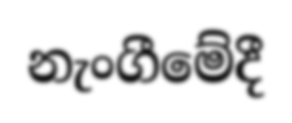
නැංගීමේදී